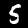
Digit: 5